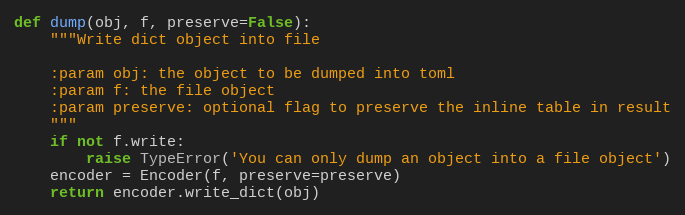
Language: Python
def dump(obj, f, preserve=False):
    """Write dict object into file

    :param obj: the object to be dumped into toml
    :param f: the file object
    :param preserve: optional flag to preserve the inline table in result
    """
    if not f.write:
        raise TypeError('You can only dump an object into a file object')
    encoder = Encoder(f, preserve=preserve)
    return encoder.write_dict(obj)